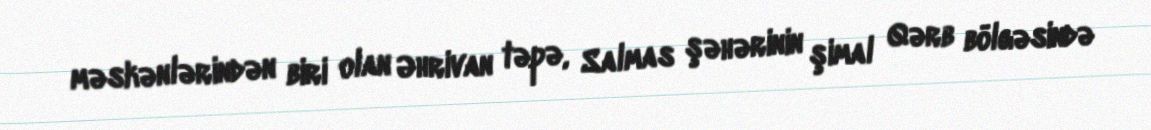
məskənlərindən biri olan Əhrivan təpə, Salmas şəhərinin şimal Qərb bölgəsində